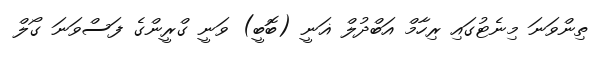
ތިންވަނަ މިނެޓުގައި ރިހާމް އަބްދުލް ޣަނީ (ބޮބީ) ވަނީ ގްރީންގެ ފަސްވަނަ ގޯލް